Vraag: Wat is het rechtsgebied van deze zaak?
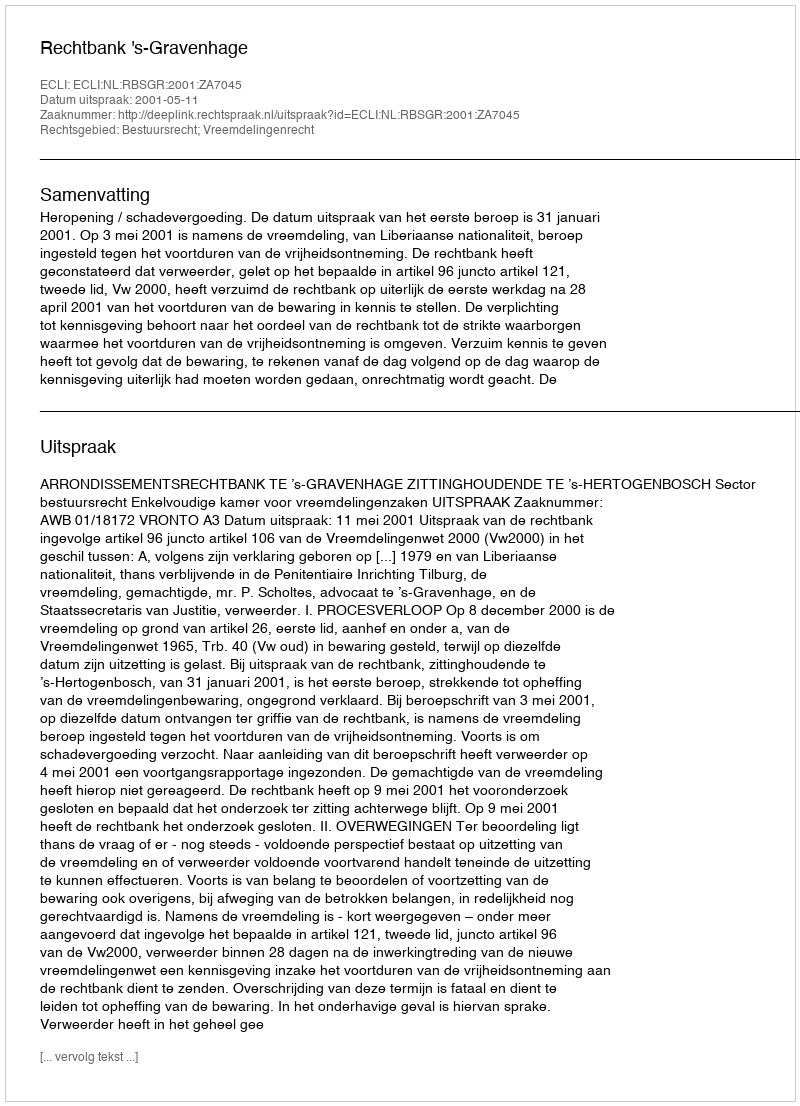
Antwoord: Bestuursrecht; Vreemdelingenrecht